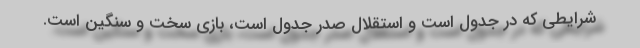
شرایطی که در جدول است و استقلال صدر جدول است، بازی سخت و سنگین است.